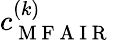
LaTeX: c_{\mathrm{~M~F~A~I~R~}}^{(k)}